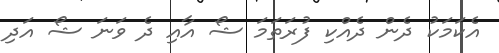
އެކަމަކު ދެން ދެއްކި ފުރަތަމަ ޝޯ އާއި ދެ ވަނަ ޝޯ އަދި